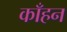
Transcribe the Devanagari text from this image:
काँहन